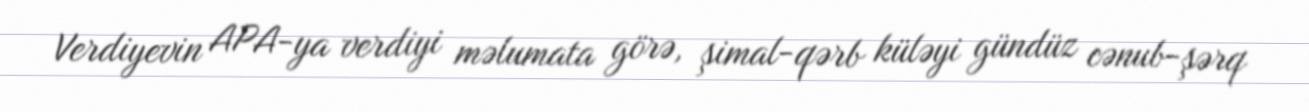
Verdiyevin APA-ya verdiyi məlumata görə, şimal-qərb küləyi gündüz cənub-şərq